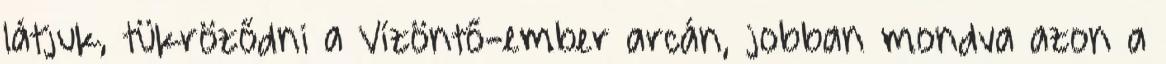
látjuk, tükröződni a Vízöntő-ember arcán, jobban mondva azon a